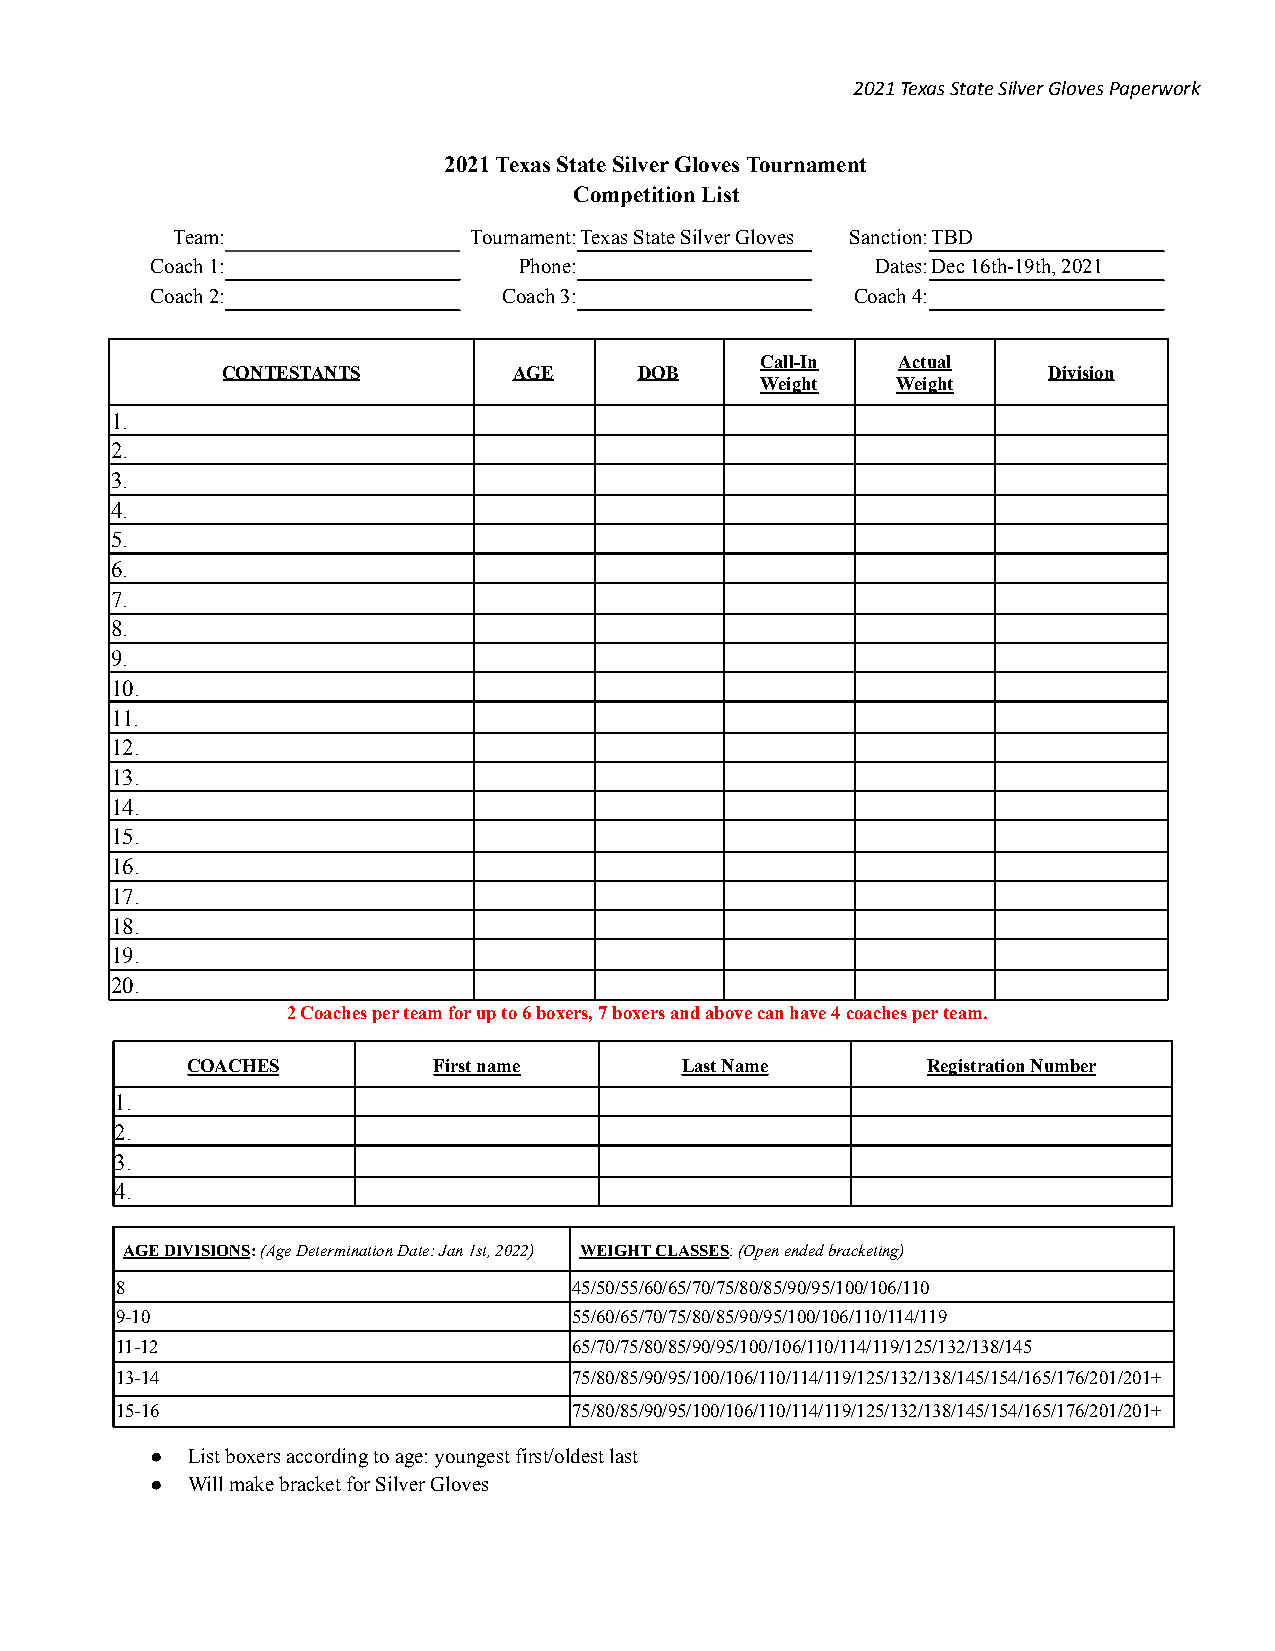
2021 Texas State Silver Gloves Paperwork
 2021 Texas State Silver Gloves Tournament
 Competition List
 Team:               Tournament:Texas State Silver Gloves Sanction:TBD
 Coach 1:                Phone:                  Dates:Dec 16th-19th, 2021
 Coach 2:               Coach 3:                Coach 4:
 Call-In  Actual
 CONTESTANTS        AGE     DOB                        Division
 Weight   Weight
 1.
 2.
 3.
 4.
 5.
 6.
 7.
 8.
 9.
 10.
 11.
 12.
 13.
 14.
 15.
 16.
 17.
 18.
 19.
 20.
 2 Coaches per team for up to 6 boxers, 7 boxers and above can have 4 coaches per team.
 COACHES          First name      Last Name       Registration Number
 1.
 2.
 3.
 4.
 AGE DIVISIONS:(Age Determination Date: Jan 1st, 2022) WEIGHT CLASSES:(Open ended bracketing)
 8                             45/50/55/60/65/70/75/80/85/90/95/100/106/110
 9-10                          55/60/65/70/75/80/85/90/95/100/106/110/114/119
 11-12                         65/70/75/80/85/90/95/100/106/110/114/119/125/132/138/145
 13-14                         75/80/85/90/95/100/106/110/114/119/125/132/138/145/154/165/176/201/201+
 15-16                         75/80/85/90/95/100/106/110/114/119/125/132/138/145/154/165/176/201/201+
 ● List boxers according to age: youngest first/oldest last
 ● Will make bracket for Silver Gloves